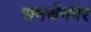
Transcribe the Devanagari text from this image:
समर्थनगर